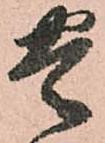
豊